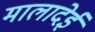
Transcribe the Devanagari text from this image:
मालादेई